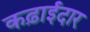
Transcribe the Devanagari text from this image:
कढ़ाईदार